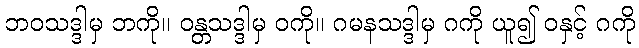
ဘဝသဒ္ဒါမှ ဘကို။ ဝန္တသဒ္ဒါမှ ဝကို။ ဂမနသဒ္ဒါမှ ဂကို ယူ၍ ဝနှင့် ဂကို